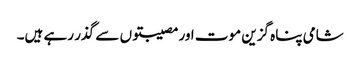
شامی پناہ گزین موت اور مصیبتوں سے گذر رہے ہیں۔